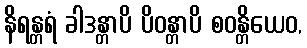
နိရန္တရံ ခါဒန္တာပိ ပိဝန္တာပိ စဝန္တိယေဝ,